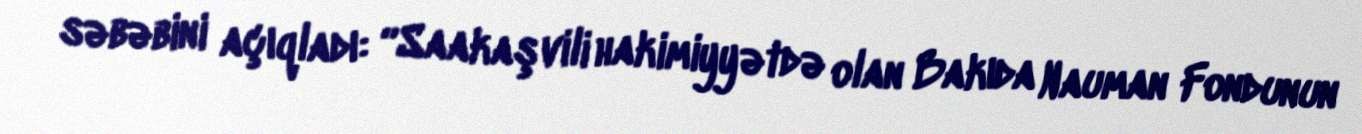
səbəbini açıqladı: “Saakaşvili hakimiyyətdə olan Bakıda Nauman Fondunun